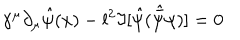
LaTeX: \gamma ^ { \mu } \partial _ { \mu } { \hat { \psi } ( x ) } - l ^ { 2 } \Im [ { \hat { \psi } } ( { \hat { \bar { \psi } } } \psi ) ] = 0